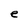
Character: e